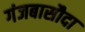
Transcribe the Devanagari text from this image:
गंजबासौदा